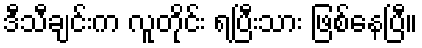
ဒီသီချင်းက လူတိုင်း ရပြီးသား ဖြစ်နေပြီ။